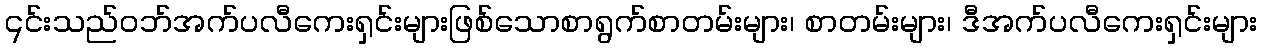
၎င်းသည်ဝဘ်အက်ပလီကေးရှင်းများဖြစ်သောစာရွက်စာတမ်းများ၊ စာတမ်းများ၊ ဒီအက်ပလီကေးရှင်းများ